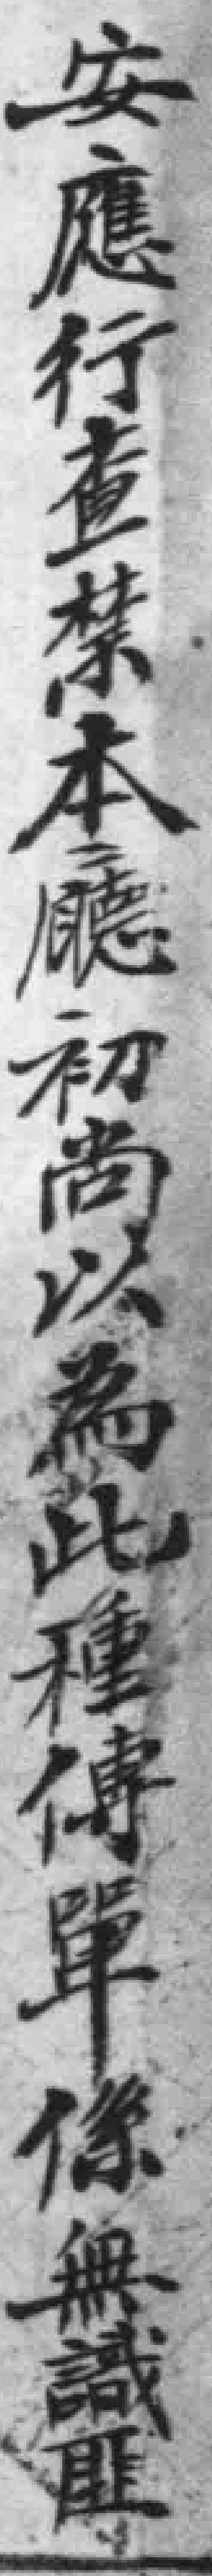
安應行查禁本廳初尚以為此種傳單保無識